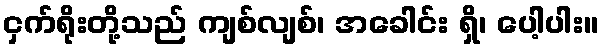
ငှက်ရိုးတို့သည် ကျစ်လျစ်၊ အခေါင်း ရှိ၊ ပေါ့ပါး။